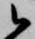
候